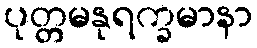
ပုတ္တမနုရက္ခမာနာ